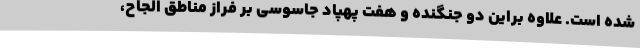
شده است. علاوه براین دو جنگنده و هفت پهپاد جاسوسی بر فراز مناطق الجاح،